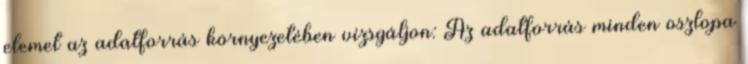
elemet az adatforrás környezetében vizsgáljon: Az adatforrás minden oszlopa